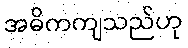
အဓိကကျသည်ဟု